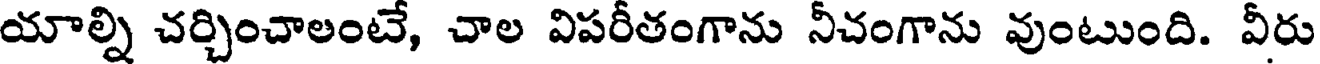
యాల్ని చర్చించాలంటే, చాల విపరీతంగాను నీచంగాను వుంటుంది. వీరు